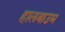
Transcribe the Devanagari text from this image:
हालबाउम